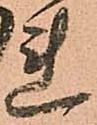
れ